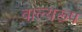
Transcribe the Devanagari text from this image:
बाल्यरूप